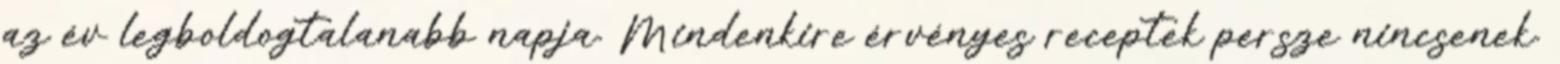
az év legboldogtalanabb napja. Mindenkire érvényes receptek persze nincsenek.